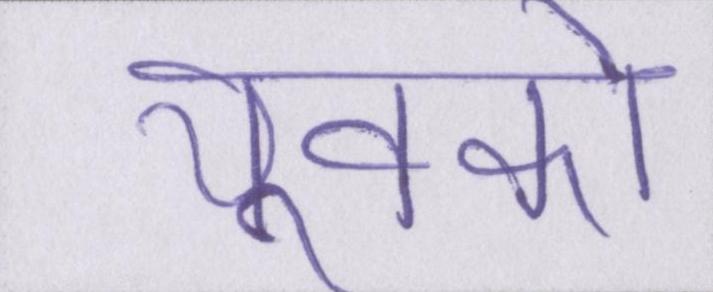
युवको